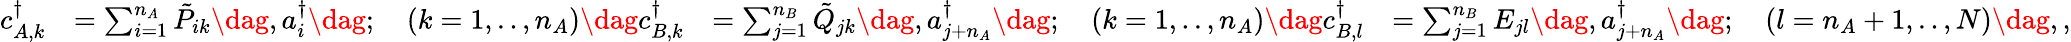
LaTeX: \begin{array}{rlrl}{c_{A,k}^{\dagger}}&{=\sum_{i=1}^{n_{A}}\tilde{P}_{ik}\dag,a_{i}^{\dagger}\dag;\quad(k=1,..,n_{A})\dag c_{B,k}^{\dagger}}&{=\sum_{j=1}^{n_{B}}\tilde{Q}_{jk}\dag,a_{j+n_{A}}^{\dagger}\dag;\quad(k=1,..,n_{A})\dag c_{B,l}^{\dagger}}&{=\sum_{j=1}^{n_{B}}E_{jl}\dag,a_{j+n_{A}}^{\dagger}\dag;\quad(l=n_{A}+1,..,N)\dag,,}\end{array}